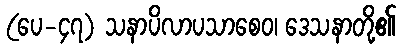
(ပေ-၄၇) သနာပိလာပသာစေဝ၊ ဒေသနာတို့၏